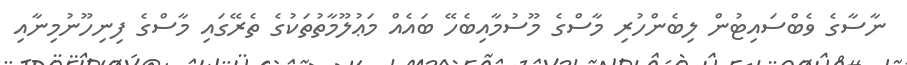
ނާސާގެ ވެބްސައިޓުން ލިބެންހުރި މާސްގެ މޫސުމާއިބެހޭ ބައެއް މަޢުލޫމާތުތަކުގެ ތެރޭގައި މާސްގެ ފިނިހޫނުމިނާއި